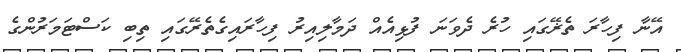
އޭނާ ފިހާރަ ތެޜޭގައި ހުރެ ދެވަނަ ފުޅިއެއް ދަމާލިއިރު ފިހާރައިގެތެރޭގައި ތިބި ކަސްޓަމަރުންގެ